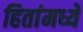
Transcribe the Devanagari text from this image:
हितांमध्ये